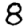
Digit: 8